Report on vaccination in the Province of Bengal - 1874-1889
Year: 1874
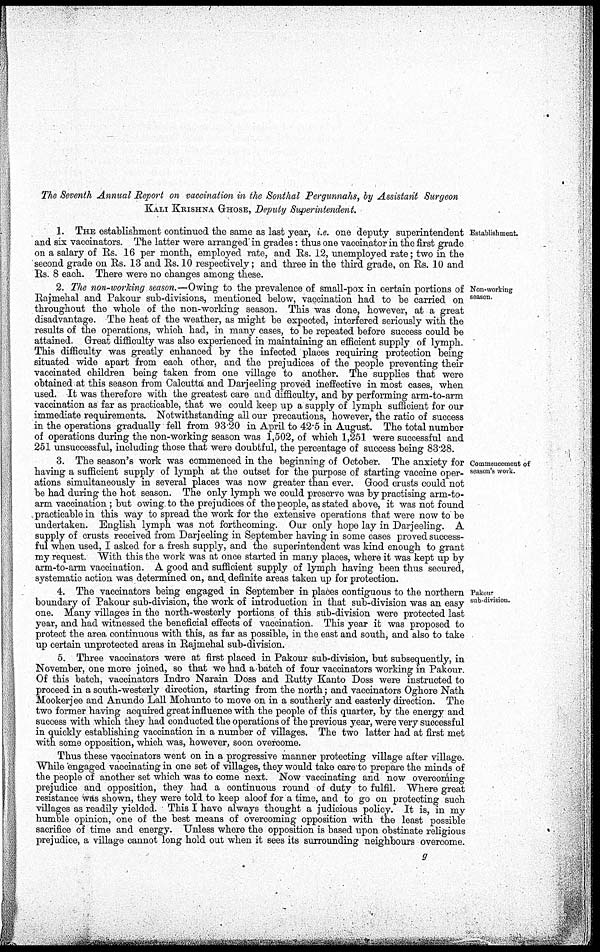
The Seventh Annual Report on vaccination in the Sonthal Pergunnahs, by Assistant Surgeon
KALI KRISHNA GHOSE, Deputy Superintendent.
Establishment.
1. THE establishment continued the same as last year, i.e. one deputy superintendent
and six vaccinators. The latter were arranged in grades: thus one vaccinator in the first grade
on a salary of Rs. 16 per month, employed rate, and Rs. 12, unemployed rate; two in the
second grade on Rs. 13 and Rs. 10 respectively; and three in the third grade, on Rs. 10 and
Rs. 8 each. There were no changes among these.
Non-working
season.
2. The non-working season.—Owing to the prevalence of small-pox in certain portions of
Rajmehal and Pakour sub-divisions, mentioned below, vaccination had to be carried on
throughout the whole of the non-working season. This was done, however, at a great
disadvantage. The heat of the weather, as might be expected, interfered seriously with the
results of the operations, which had, in many cases, to be repeated before success could be
attained. Great difficulty was also experienced in maintaining an efficient supply of lymph.
This difficulty was greatly enhanced by the infected places requiring protection being
situated wide apart from each other, and the prejudices of the people preventing their
vaccinated children being taken from one village to another. The supplies that were
obtained at this season from Calcutta and Darjeeling proved ineffective in most cases, when
used. It was therefore with the greatest care and difficulty, and by performing arm-to-arm
vaccination as far as practicable, that we could keep up a supply of lymph sufficient for our
immediate requirements. Notwithstanding all our precautions, however, the ratio of success
in the operations gradually fell from 93.20 in April to 42.5 in August. The total number
of operations during the non-working season was 1,502, of which 1,251 were successful and
251 unsuccessful, including those that were doubtful, the percentage of success being 83.28.
Commencement of
season's work.
3. The season's work was commenced in the beginning of October. The anxiety for
having a sufficient supply of lymph at the outset for the purpose of starting vaccine oper-
ations simultaneously in several places was now greater than ever. Good crusts could not
be had during the hot season. The only lymph we could preserve was by practising arm-to-
arm vaccination ; but owing to the prejudices of the people, as stated above, it was not found
practicable in this way to spread the work for the extensive operations that were now to be
undertaken. English lymph was not forthcoming. Our only hope lay in Darjeeling. A
supply of crusts received from Darjeeling in September having in some cases proved success-
ful when used, I asked for a fresh supply, and the superintendent was kind enough to grant
my request. With this the work was at once started in many places, where it was kept up by
arm-to-arm vaccination. A good and sufficient supply of lymph having been thus secured,
systematic action was determined on, and definite areas taken up for protection.
Pakour
sub-division.
4. The vaccinators being engaged in September in places contiguous to the northern
boundary of Pakour sub-division, the work of introduction in that sub-division was an easy
one. Many villages in the north-westerly portions of this sub-division were protected last
year, and had witnessed the beneficial effects of vaccination. This year it was proposed to
protect the area continuous with this, as far as possible, in the east and south, and also to take
up certain unprotected areas in Rajmehal sub-division.
5. Three vaccinators were at first placed in Pakour sub-division, but subsequently, in
November, one more joined, so that we had a batch of four vaccinators working in Pakour.
Of this batch, vaccinators Indro Narain Doss and Rutty Kanto Doss were instructed to
proceed in a south-westerly direction, starting from the north; and vaccinators Oghore Nath
Mookerjee and Anundo Lall Mohunto to move on in a southerly and easterly direction. The
two former having acquired great influence with the people of this quarter, by the energy and
success with which they had conducted the operations of the previous year, were very successful
in quickly establishing vaccination in a number of villages. The two latter had at first met
with some opposition, which was, however, soon overcome.
Thus these vaccinators went on in a progressive manner protecting village after village.
While engaged vaccinating in one set of villages, they would take care to prepare the minds of
the people of another set which was to come next. Now vaccinating and now overcoming
prejudice and opposition, they had a continuous round of duty to fulfil. Where great
resistance was shown, they were told to keep aloof for a time, and to go on protecting such
villages as readily yielded. This I have always thought a judicious policy. It is, in my
humble opinion, one of the best means of overcoming opposition with the least possible
sacrifice of time and energy. Unless where the opposition is based upon obstinate religious
prejudice, a village cannot long hold out when it sees its surrounding neighbours overcome.
g